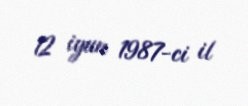
12 iyun 1987-ci il